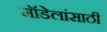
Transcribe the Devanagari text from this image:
मॉडेलांसाठी